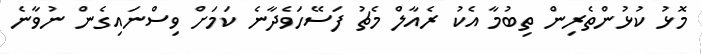
މޮޅު ކުޅުންތެރިން ތިބުމާ އެކު ރެއާލް މެޗު ފަސޭހަވެދާނެ ކަމަށް ވިސްނައިގެން ނުވާނެ